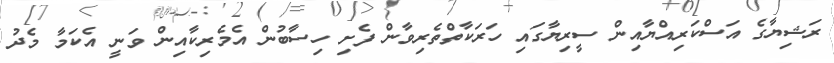
ރަޝިޔާގެ އަސްކަރިއްޔާއިން ސީރިޔާގައި ހަރަކާތްތެރިވާން ފެށި ހިސާބުން އެމެރިކާއިން ވަނީ އެކަމާ މެދު